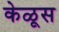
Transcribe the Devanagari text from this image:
केळूस